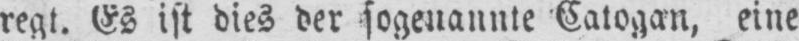
regt. Es ist dies der sogenannte Catogan, eine